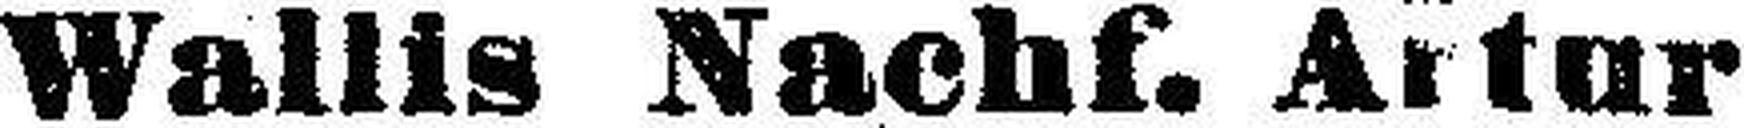
Wallis Nachf. Artur